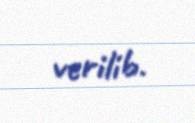
verilib.